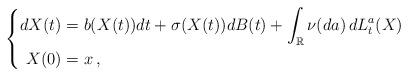
LaTeX: \begin{align*}\left\{\begin{aligned}dX(t)&=b(X(t))dt+\sigma(X(t))d{B}(t)+\int_{\mathbb{R}}\nu(da)\,dL_t^a(X)\\X(0)&=x\,,\\\end{aligned}\right.\end{align*}